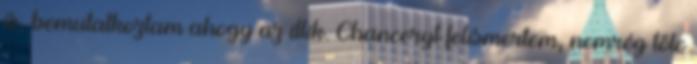
is, bemutatkoztam ahogy az illik. Chanceryt felismertem, nemrég tőle